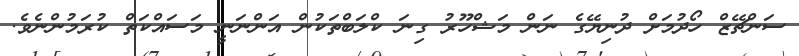
ސަންޗޭޒް ހޯދުމަށް ދުނިޔޭގެ ނަން މަޝްހޫރު ގިނަ ކްލަބްތަކުން އަންނަނީ މަސައްކަތް ކުރަމުންނެވެ.